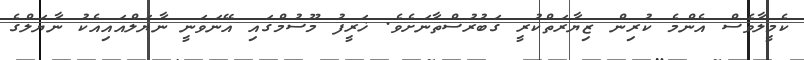
ކެމީލާވެސް އެންމެ ކުރިން ޒިޔާރަތްކުރީ ގަބުރުސްތާނަށެވެ. ޚަރީފު މޫސުމްގައި އޭނަވަނީ ނާޔަލްއައިއެކު ނާޔަލްގެ